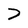
Character: 7